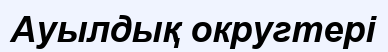
Ауылдық округтері